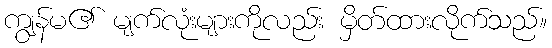
ကျွန်မ၏ မျက်လုံးများကိုလည်း မှိတ်ထားလိုက်သည်။